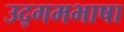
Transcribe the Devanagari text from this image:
उद्गमभाषा